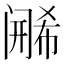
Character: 𬮶